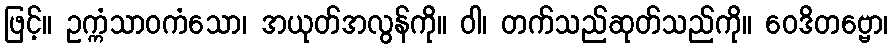
ဖြင့်။ ဥက္ကံသာဝကံသော၊ အယုတ်အလွန်ကို။ ဝါ၊ တက်သည်ဆုတ်သည်ကို။ ဝေဒိတဗ္ဗော၊